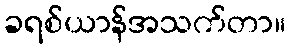
ခရစ်ယာန်အသက်တာ။